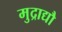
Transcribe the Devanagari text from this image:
मुद्राद्यौ